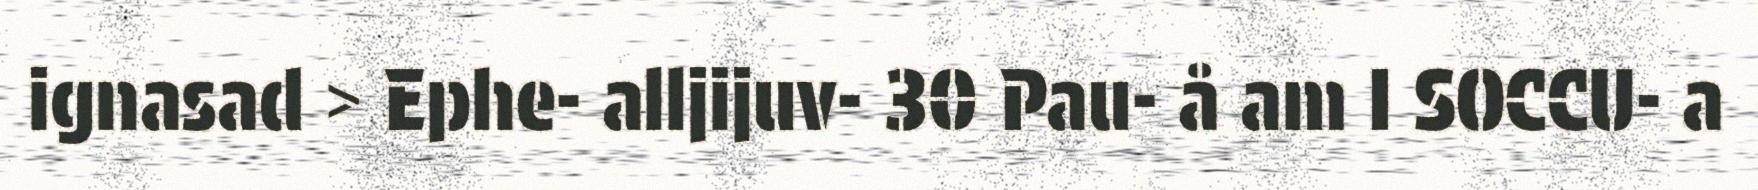
ignasad > Ephe- alljijuv- 30 Pau- å am I SOCCU- a